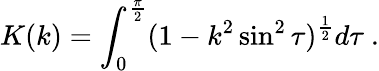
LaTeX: K(k)=\int_{0}^{\frac{\pi}{2}}(1-k^{2}\sin^{2}\tau)^{\frac{1}{2}}d\tau\ .